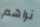
نراهم